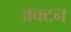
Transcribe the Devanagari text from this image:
अक्टन